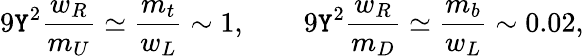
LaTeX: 9\mathtt{Y}^{2}{\frac{{w_{R}}}{{m_{U}}}}\simeq{\frac{{m_{t}}}{{w_{L}}}}\sim1,\qquad9\mathtt{Y}^{2}{\frac{{w_{R}}}{{m_{D}}}}\simeq{\frac{{m_{b}}}{{w_{L}}}}\sim0.02,